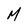
Character: M